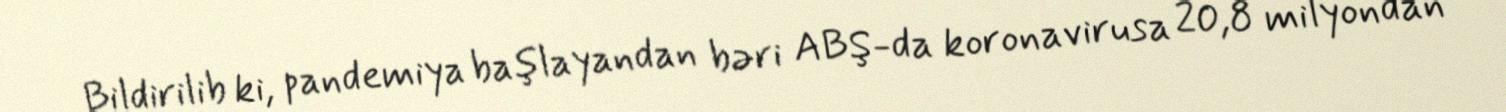
Bildirilib ki, pandemiya başlayandan bəri ABŞ-da koronavirusa 20,8 milyondan